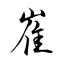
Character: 崔